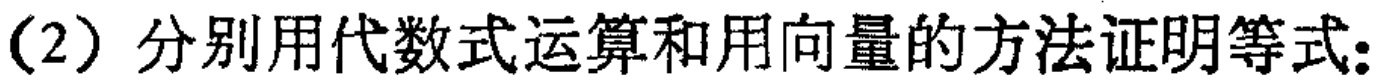
(2) 分别用代数式运算和用向量的方法证明等式: